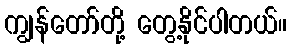
ကျွန်တော်တို့ တွေ့နိုင်ပါတယ်။